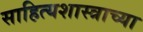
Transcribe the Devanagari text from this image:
साहित्यशास्त्राच्या